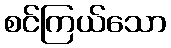
စင်ကြယ်သော